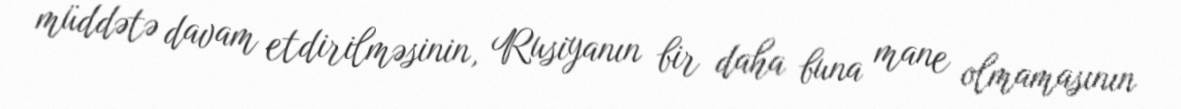
müddətə davam etdirilməsinin, Rusiyanın bir daha buna mane olmamasının